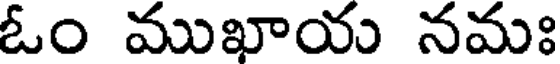
ఓం ముఖాయ నమః